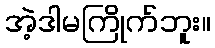
အဲ့ဒါမကြိုက်ဘူး။